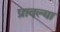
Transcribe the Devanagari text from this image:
प्रावल्या